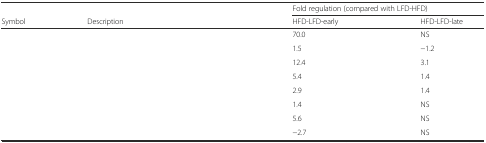
<table><thead><tr><td>[EMPTY_CELL]</td><td>[EMPTY_CELL]</td><td colspan="2"><b>Fold regulation (compared with LFD-HFD)</b></td></tr><tr><td><b>Symbol</b></td><td><b>Description</b></td><td><b>HFD-LFD-early</b></td><td><b>HFD-LFD-late</b></td></tr></thead><tbody><tr><td>[EMPTY_CELL]</td><td>[EMPTY_CELL]</td><td>70.0</td><td>NS</td></tr><tr><td>[EMPTY_CELL]</td><td>[EMPTY_CELL]</td><td>1.5</td><td>−1.2</td></tr><tr><td>[EMPTY_CELL]</td><td>[EMPTY_CELL]</td><td>12.4</td><td>3.1</td></tr><tr><td>[EMPTY_CELL]</td><td>[EMPTY_CELL]</td><td>5.4</td><td>1.4</td></tr><tr><td>[EMPTY_CELL]</td><td>[EMPTY_CELL]</td><td>2.9</td><td>1.4</td></tr><tr><td>[EMPTY_CELL]</td><td>[EMPTY_CELL]</td><td>1.4</td><td>NS</td></tr><tr><td>[EMPTY_CELL]</td><td>[EMPTY_CELL]</td><td>5.6</td><td>NS</td></tr><tr><td>[EMPTY_CELL]</td><td>[EMPTY_CELL]</td><td>−2.7</td><td>NS</td></tr></tbody></table>